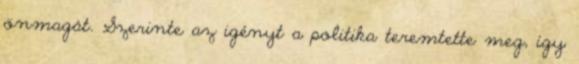
önmagát. Szerinte az igényt a politika teremtette meg, így